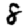
Digit: 8